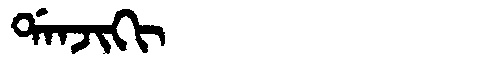
Manchu: ᡩᠠᠨᠵᡳᡴᡳ
Romanization: DANJIKI